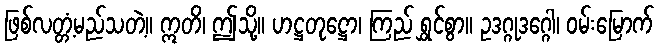
ဖြစ်လတ္တံ့မည်သတဲ့။ ဣတိ၊ ဤသို့။ ဟဋ္ဌတုဋ္ဌော၊ ကြည် ရွှင်စွာ။ ဥဒဂ္ဂုဒဂ္ဂေါ၊ ဝမ်းမြောက်